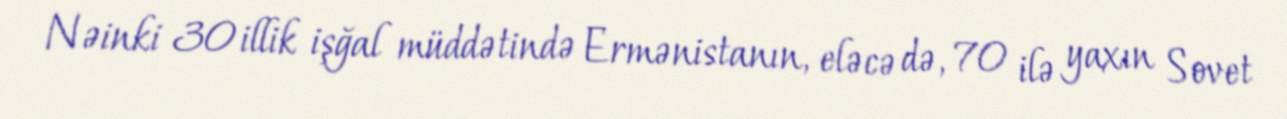
Nəinki 30 illik işğal müddətində Ermənistanın, eləcə də, 70 ilə yaxın Sovet